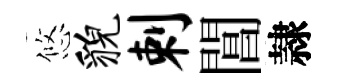
悠貌剌閶隷